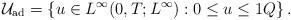
LaTeX: \begin{align*}\mathcal{U}_{\mathrm{ad}} = \left \{ u \in L^{\infty}(0,T;L^{\infty}) : 0 \leq u \leq 1 Q \right \}.\end{align*}